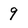
Character: 9